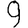
Digit: 9